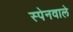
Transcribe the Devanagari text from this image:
स्पेनवाले